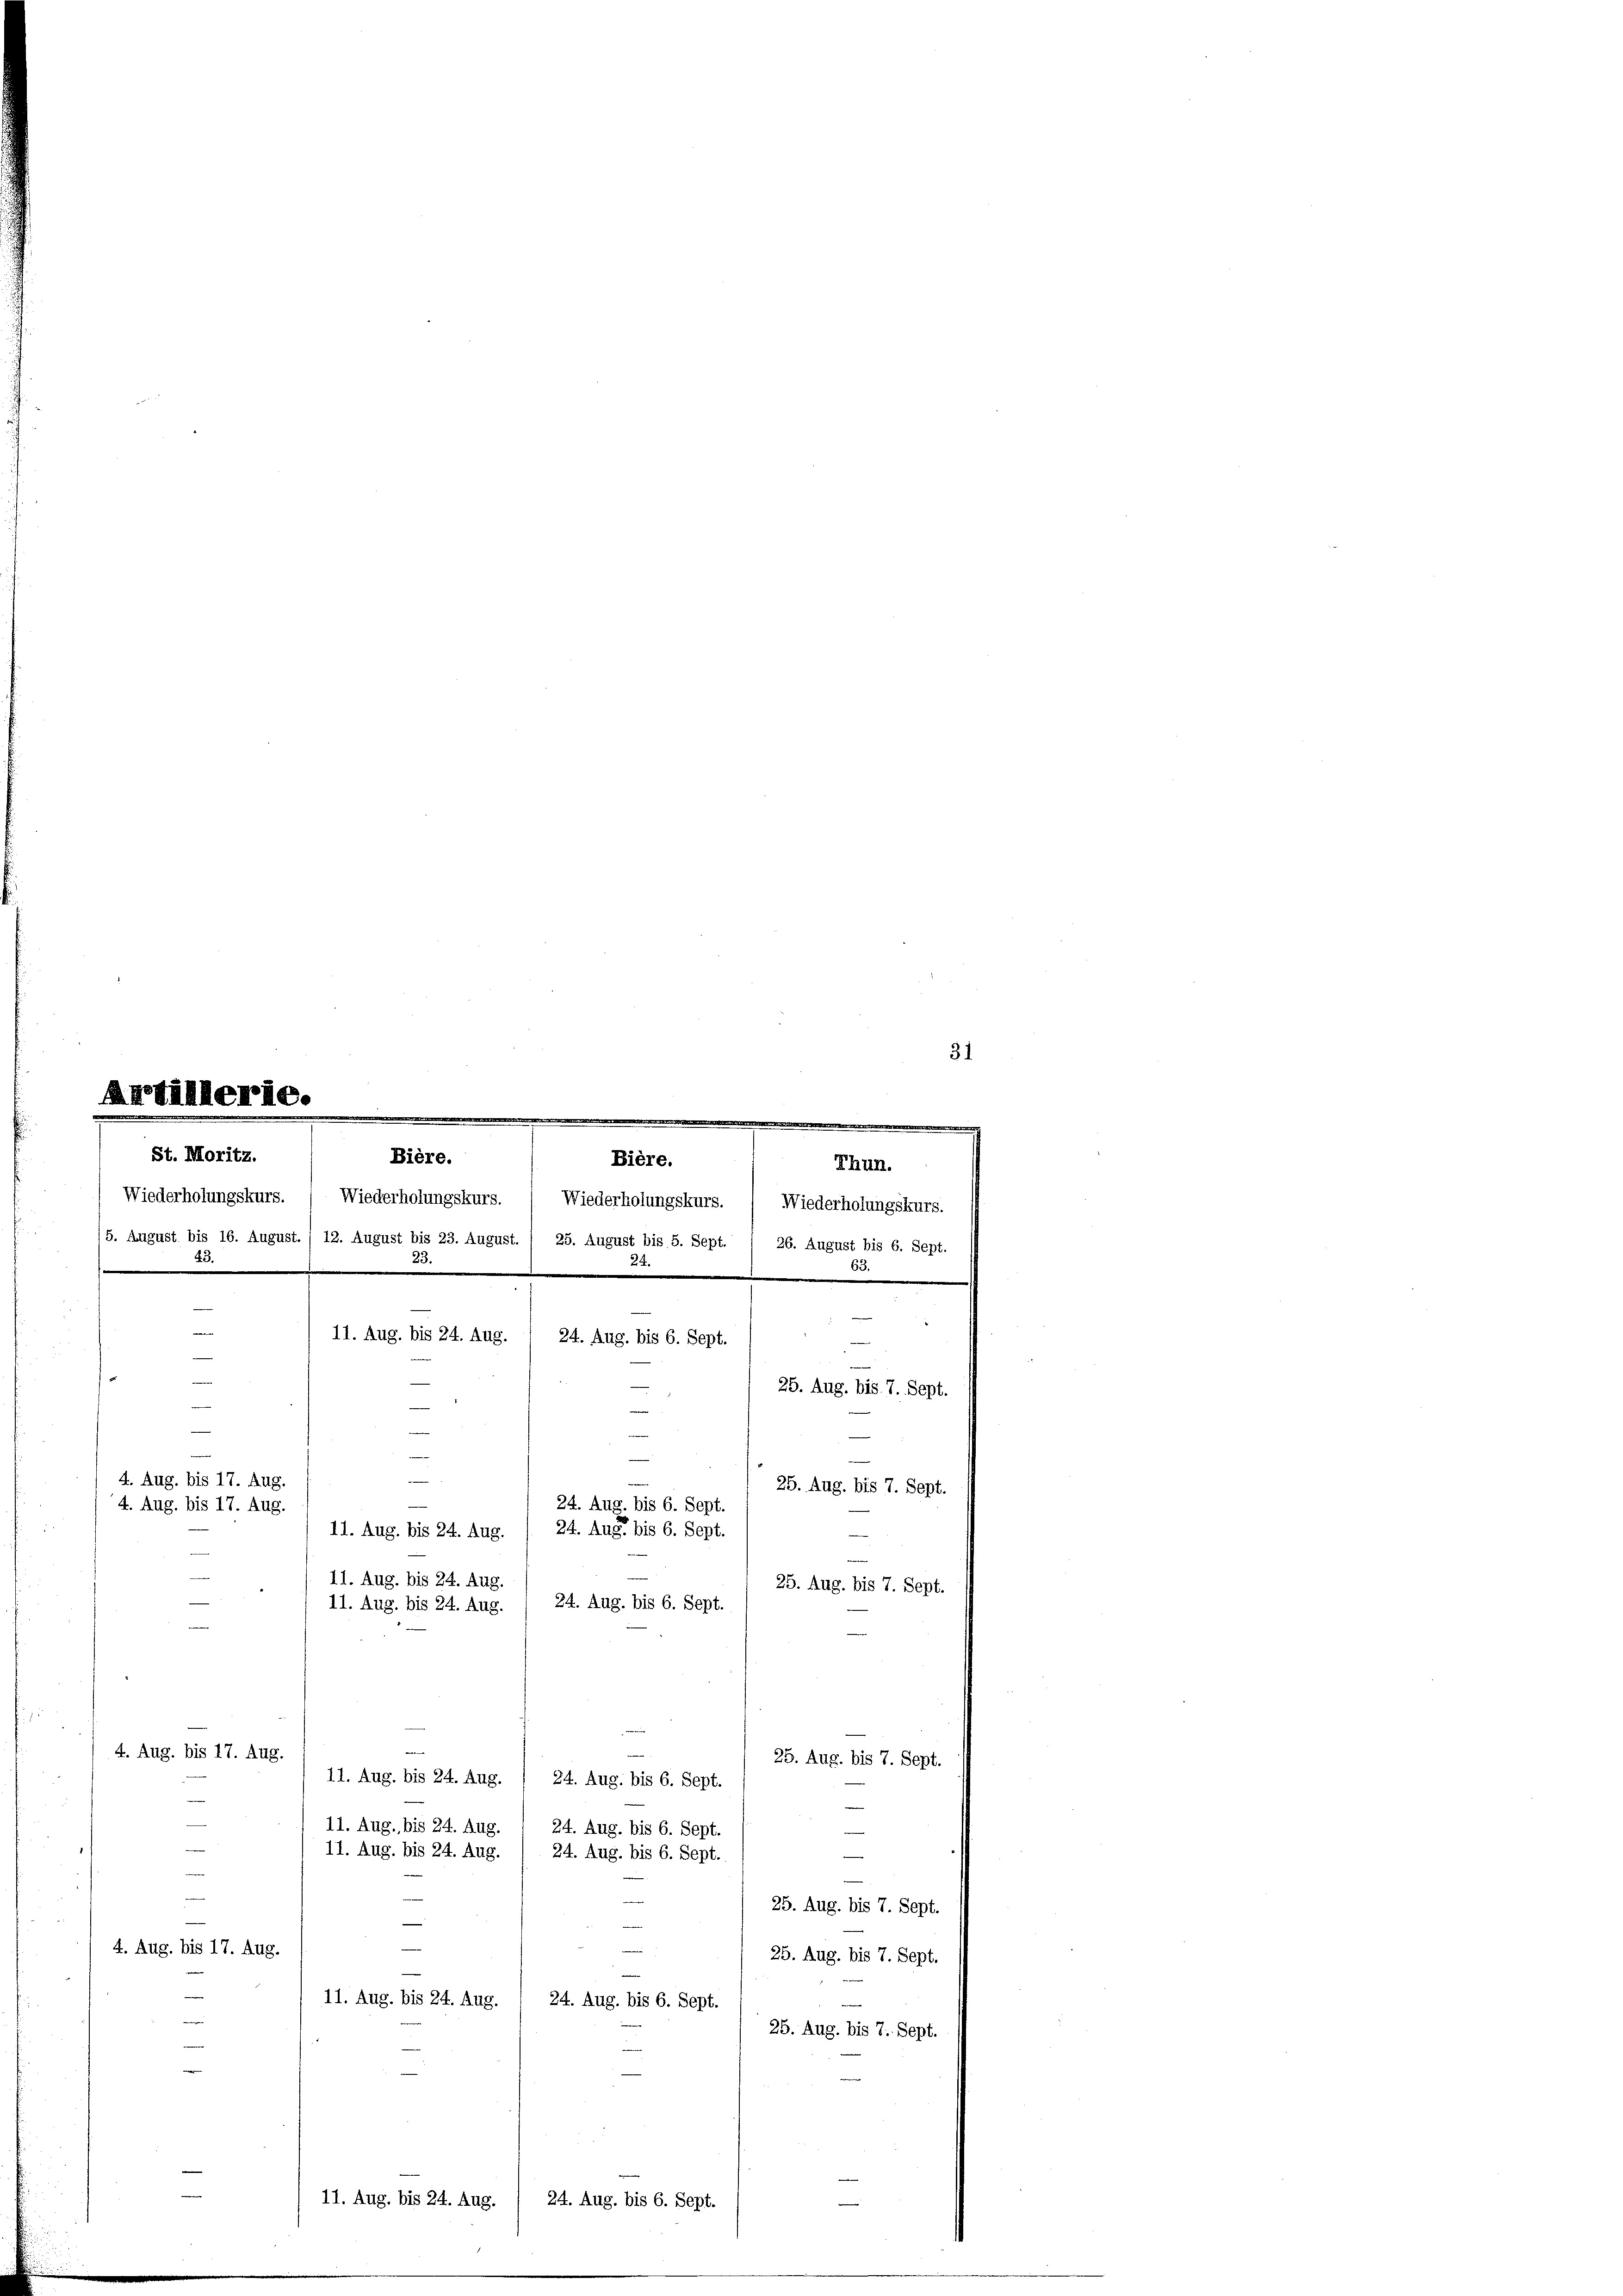
St. Moritz.
.

31
Artillerie.

.
.
Bière.
5. August bis 16. August. / 12. August bis 23. August. 1 25. August bis 5. Sept. / 26. August bis 6. Sept.
11. Aug. bis 24. Aug.
.
25. Aug. bis 7. Sept.
e
.
4. Aug. bis 17. Aug.
25. Aug. bis 7. Sept.
24. Aug. bis 6. Sept.
4. Aug. bis 17. Aug.
24. Aug. bis 6. Sept.
11. Aug. bis 24. Aug.
11. Aug. bis 24. Aug.
25. Aug. bis 7. Sept.
24. Aug. bis 6. Sept.
11. Aug. bis 24. Aug.

4. Aug. bis 17. Aug.
25. Aug. bis 7. Sept.
11. Aug. bis 24. Aug.
24. Aug. bis 6. Sept.
11. Aug. bis 24. Aug. 1 24. Aug. bis 6. Sept.
.
11. Aug. bis 24. Aug.
24. Aug. bis 6. Sept.
25. Aug. bis 7. Sept.
4. Aug. bis 17. Aug.
25. Aug. bis 7. Sept.
11. Aug. bis 24. Aug.
24. Aug. bis 6. Sept.

25. Aug. bis 7. Sept.
11. Aug. bis 24. Aug.
e
24. Aug. bis 6. Sept.

Bière.
Thun.
Wiederholungskurs. ( Wiederholungskurs. ( Wiederholungskurs. ( Wiederholungskurs.
24
3.
.

24. Aug. bis 6. Sept.